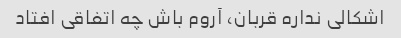
اشکالی نداره قربان، آروم باش چه اتفاقی افتاد